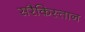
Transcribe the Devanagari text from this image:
सरैकिस्तान